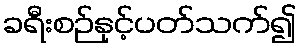
ခရီးစဉ်နှင့်ပတ်သက်၍